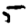
Digit: 5